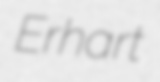
Erhart